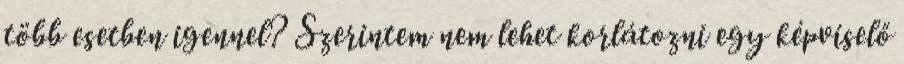
több esetben igennel? Szerintem nem lehet korlátozni egy képviselő